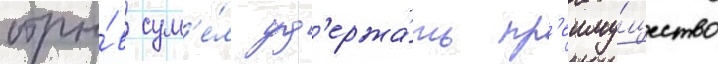
отры́в сум'е́л уд'ержа́ть пр'еиму́щество